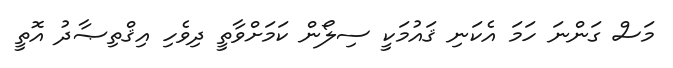
މަސް ގަންނަ ހަމަ އެކަނި ޤައުމަކީ ސިލޯން ކަމަށްވާތީ ދިވެހި އިޤްތިޞާދު އޮތީ